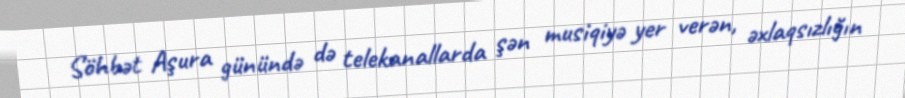
Söhbət Aşura günündə də telekanallarda şən musiqiyə yer verən, əxlaqsızlığın